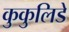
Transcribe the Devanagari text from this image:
कुकुलिडे